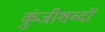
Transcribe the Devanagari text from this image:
कुंजीशब्दों